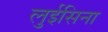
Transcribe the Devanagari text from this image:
लुईसिना